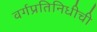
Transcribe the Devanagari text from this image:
वर्गप्रतिनिधीची